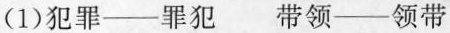
(1)犯罪——罪犯 带领——领带